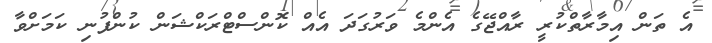
އެ ތަން އިމާރާތްކުރީ ރާއްޖޭގެ އެންމެ ވަރުގަދަ އެއް ކޮންސްޓްރަކްޝަން ކުންފުނި ކަމަށްވާ